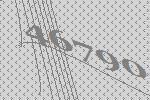
46790